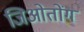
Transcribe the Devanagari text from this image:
जिओतोंग